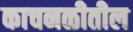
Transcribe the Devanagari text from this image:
काचनळीतील